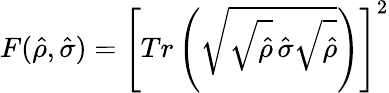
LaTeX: F(\hat{\rho},\hat{\sigma})=\left[Tr\left(\sqrt{\sqrt{\hat{\rho}}\, \hat{\sigma}\sqrt{\hat{\rho}}}\right)\right]^{2}